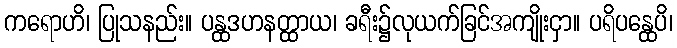
ကရောဟိ၊ ပြုသနည်း။ ပန္ထဒဟနတ္ထာယ၊ ခရီး၌လုယက်ခြင်အကျိုးငှာ။ ပရိပန္ထေပိ၊